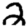
Digit: 2